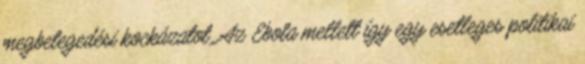
megbetegedési kockázatot. Az Ebola mellett így egy esetleges politikai